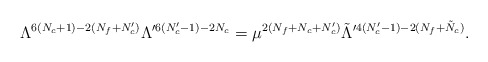
\begin{align*} \Lambda^{6(N_c+1)-2(N_f+N_c')}\Lambda^{\prime 6(N_c'-1)-2N_c} = \mu^{2(N_f+N_c+N_c')} \tilde{\Lambda}^{\prime 4(N_c'-1)-2(N_f+\tilde{N}_c)}.\end{align*}